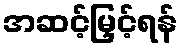
အဆင့်မြှင့်ရန်